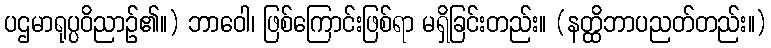
ပဌမာရုပ္ပဝိညာဉ်၏။) ဘာဝေါ၊ ဖြစ်ကြောင်းဖြစ်ရာ မရှိခြင်းတည်း။ (နတ္ထိဘာပညတ်တည်း။)